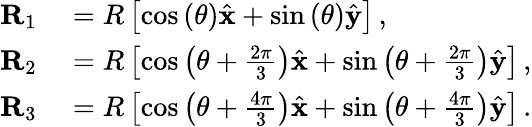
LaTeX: \begin{array}{rl}{\mathbf{R}_{1}}&{{}=R\left[\cos\left(\theta\right)\hat{\mathbf{x}}+\sin\left(\theta\right)\hat{\mathbf{y}}\right]\, ,}\\ {\mathbf{R}_{2}}&{{}=R\left[\cos\left(\theta+\frac{2\pi}{3}\right)\hat{\mathbf{x}}+\sin\left(\theta+\frac{2\pi}{3}\right)\hat{\mathbf{y}}\right]\, ,}\\ {\mathbf{R}_{3}}&{{}=R\left[\cos\left(\theta+\frac{4\pi}{3}\right)\hat{\mathbf{x}}+\sin\left(\theta+\frac{4\pi}{3}\right)\hat{\mathbf{y}}\right]\, .}\end{array}